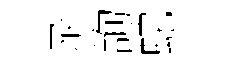
丞詢蛇